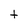
Character: t